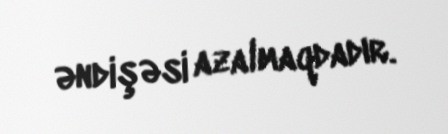
əndişəsi azalmaqdadır.